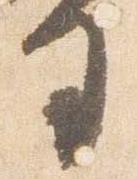
司